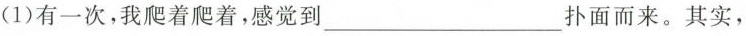
(1) 有一次，我爬着爬着，感觉到___扑面而来。其实，